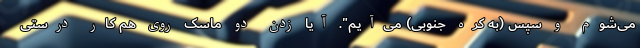
می‌شوم و سپس (به کره جنوبی) می‌آیم". آیا زدن دو ماسک روی هم کار درستی